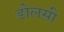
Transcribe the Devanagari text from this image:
डोलसी